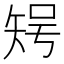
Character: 𥏃